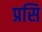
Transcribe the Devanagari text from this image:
प्रसि